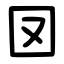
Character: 㘝